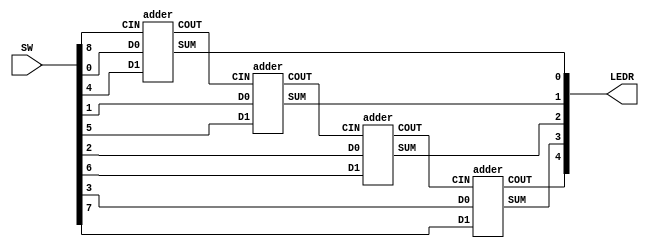
// Use the following signal definitions:
// {SW[3], SW[2], SW[1], SW[0]} = D0
// {SW[7], SW[6], SW[5], SW[4]} = D1
// SW[8] = CIN
// {LEDR[3], LEDR[2], LEDR[1], LEDR[0]} = SUM
// LEDR[4] = COUT

module fourBitAdder(SW, LEDR);
	input [8:0] SW;
	output [4:0] LEDR;
	wire C0, C1, C2;

	adder U1(SW[0],SW[4],SW[8],LEDR[0],C0);
	adder U2(SW[1],SW[5],C0,LEDR[1],C1);
	adder U3(SW[2],SW[6],C1,LEDR[2],C2);
	adder U4(SW[3],SW[7],C2,LEDR[3],LEDR[4]);
endmodule


module adder(D0, D1, CIN, SUM, COUT);
	input D0, D1, CIN;
	output SUM, COUT;
	
	assign SUM = (CIN)^((D0)^(D1));
	assign COUT = ((CIN)&((D0)^(D1)))|((D0)&(D1));
endmodule